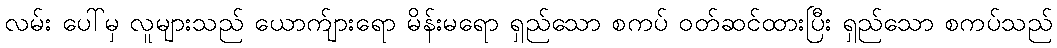
လမ်း ပေါ်မှ လူများသည် ယောက်ျားရော မိန်းမရော ရှည်သော စကပ် ဝတ်ဆင်ထားပြီး ရှည်သော စကပ်သည်